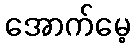
အောက်မေ့